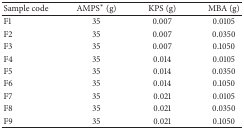
| Sample code | AMPS∗ (g) | KPS (g) | MBA (g) |
 | --- | --- | --- | --- |
 | F1 | 35 | 0.007 | 0.0105 |
 | F2 | 35 | 0.007 | 0.0350 |
 | F3 | 35 | 0.007 | 0.1050 |
 | F4 | 35 | 0.014 | 0.0105 |
 | F5 | 35 | 0.014 | 0.0350 |
 | F6 | 35 | 0.014 | 0.1050 |
 | F7 | 35 | 0.021 | 0.0105 |
 | F8 | 35 | 0.021 | 0.0350 |
 | F9 | 35 | 0.021 | 0.1050 |